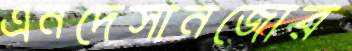
এনদেসানজোর